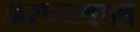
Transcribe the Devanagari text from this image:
अरण्यवास